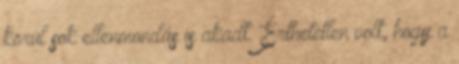
körül sok ellenmondás is akadt. Érthetetlen volt, hogy a